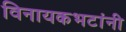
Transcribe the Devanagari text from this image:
विनायकभटांनी